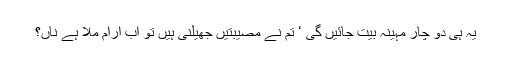
یہ ہی دو چار مہینہ بیت جائیں گی ‘ تم نے مصیبتیں جھیلنی ہیں تو اب آرام ملا ہے ناں؟